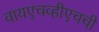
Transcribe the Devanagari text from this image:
वायएचव्हीएचची